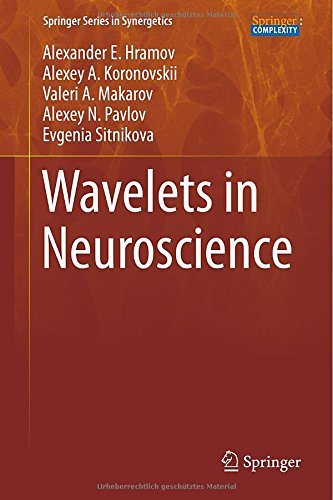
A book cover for Wavelets in Neuroscience (Springer Series in Synergetics); Alexander E. Hramov; Science & Math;